Indian Civil Veterinary Department memoirs
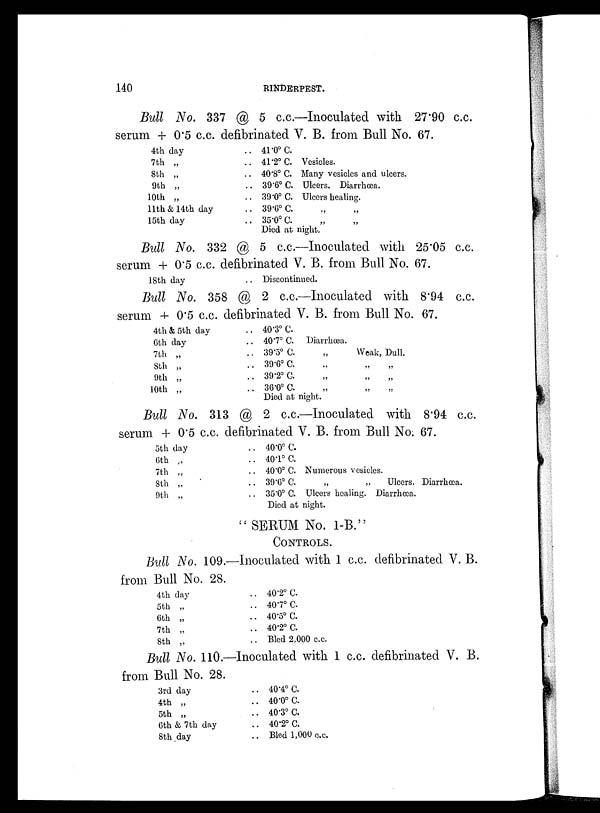
140
RINDERPEST.
Bull No. 337 @ 5 c.c.—Inoculated with 27.90 c.c.
serum + 0.5 c.c. defibrinated V. B. from Bull No. 67.
4th day
7th „
8th „
9th „
10th „
11th & 14th day
15th day
.. 41.0º C.
.. 41.2º C. Vesicles.
.. 40.8º C. Many vesicles and ulcers.
.. 39.6º C. Ulcers. Diarrhœa.
.. 39.0º C. Ulcers healing.
.. 39.6º C. „ „
.. 35.0º C. „ „
Died at night.
Bull No. 332 @ 5 c.c.—Inoculated with 25.05 c.c.
serum + 0.5 c.c. defibrinated V. B. from Bull No. 67.
18th day
.. Discontinued.
Bull No. 358 @ 2 c.c.—Inoculated with 8.94 c.c.
serum + 0.5 c.c. defibrinated V. B. from Bull No. 67.
4th & 5th day
6th day
7th „
8th „
9th „
10th „
.. 40.3º C.
.. 40.7º C. Diarrhœa.
.. 39.5º C.
„
Weak, Dull.
.. 39.6º C. „ „ „
.. 39.2º C. „ „ „
.. 36.0º C. „ „ „
Died at night.
Bull No. 313 @ 2 c.c.—Inoculated with 8.94 c.c.
serum + 0.5 c.c. defibrinated V. B. from Bull No. 67.
5th day
6th „
7th „
8th „
9th „
.. 40.0º C.
.. 40.1º C.
.. 40.0º C. Numerous vesicles.
.. 39.6º C.
„
„
Ulcers. Diarrhœa.
.. 35.0º C. Ulcers healing. Diarrhœa.
Died at night.
"SERUM No. 1-B."
CONTROLS.
Bull No. 109.—Inoculated with 1 c.c. defibrinated V. B.
from Bull No. 28.
4th day
5th „
6th „
7th „
8th „
.. 40.2º C.
.. 40.7º C.
.. 40.5º C.
.. 40.2º C.
.. Bled 2,000 c.c.
Bull No. 110.—Inoculated with 1 c.c. defibrinated V. B.
from Bull No. 28.
3rd day
4th „
5th „
6th & 7th day
8th day
.. 40.4º C.
.. 40.0º C.
.. 40.3º C.
.. 40.2º C.
.. Bled 1,000 c.c.